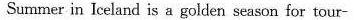
Summer in Iceland is a golden season for tour-